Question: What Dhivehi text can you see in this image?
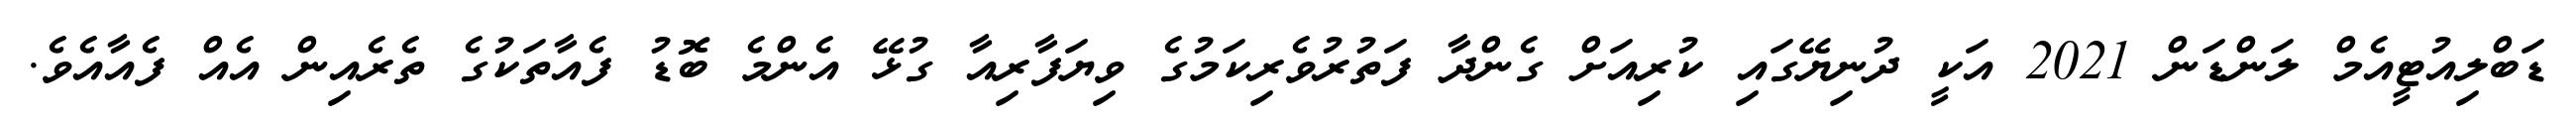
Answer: ޑަބްލިއުޓީއެމް ލަންޑަން 2021 އަކީ ދުނިޔޭގައި ކުރިއަށް ގެންދާ ފަތުރުވެރިކަމުގެ ވިޔަފާރިއާ ގުޅޭ އެންމެ ބޮޑު ފެއާތަކުގެ ތެރެއިން އެއް ފެއާއެވެ.